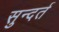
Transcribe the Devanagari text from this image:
सुन्दर्त